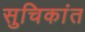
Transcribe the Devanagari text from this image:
सुचिकांत